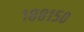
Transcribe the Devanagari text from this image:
१८८१५०